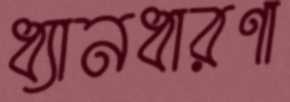
ধ্যানধারণা